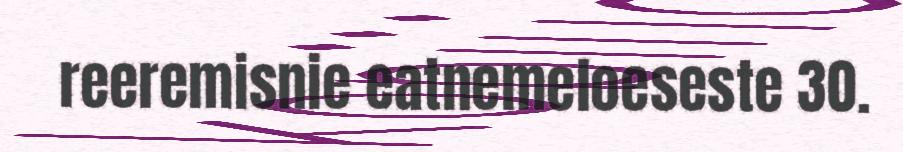
reeremisnie eatnemeloeseste 30.